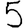
Digit: 5